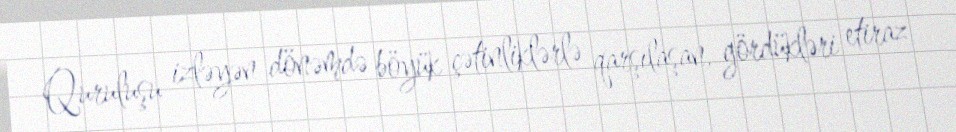
Quruluşu izləyən dönəmdə böyük çətinliklərlə qarşılaşan, gördükləri etiraz